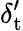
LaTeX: {\delta_{\mathrm{t}}^{\prime}}